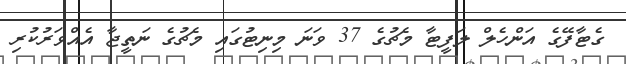
ގެޓާފޭގެ އަންހެލް ލަފީޓާ މެޗުގެ 37 ވަނަ މިނިޓުގައި މެޗުގެ ނަތީޖާ އެއްވަރުކުރި